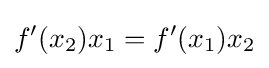
f'(x_{2})x_{1}=f'(x_{1})x_{2}